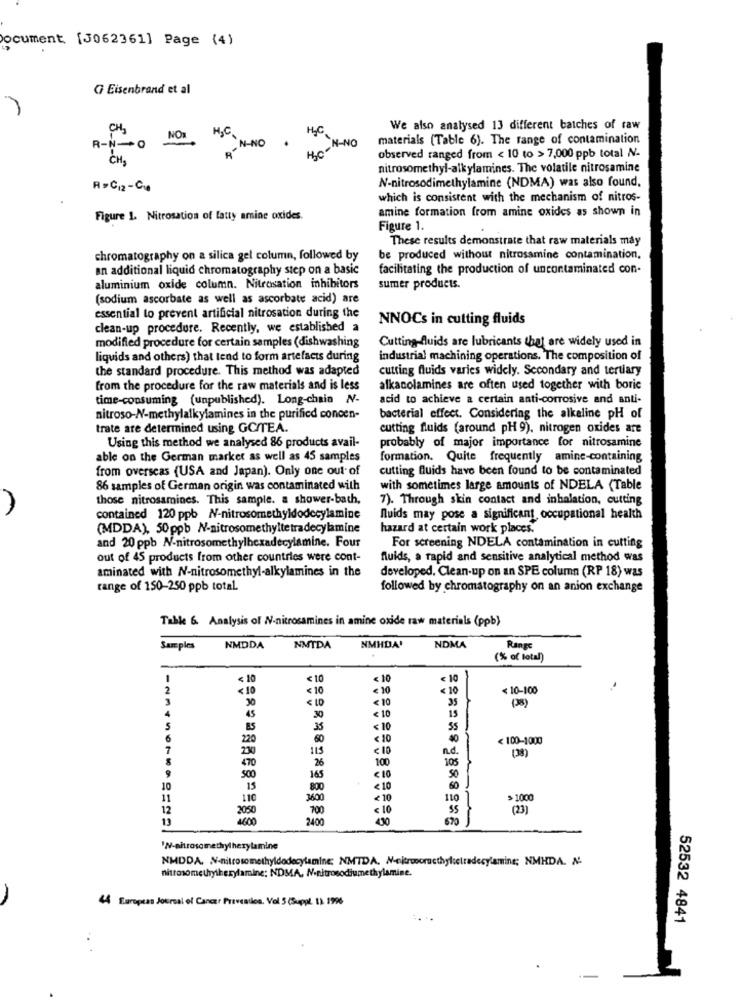
ocument. [306236] Page (4)
G Eisenbrand et al
CH3
HLC
We also analysed 13 different batches of raw
NON
H3C
materials (Table 6). The range of contamination
R-N-0
`N-NO
N-NO
CH,
HC
observed ranged from < 10 to > 7,000 ppb total N.
nitrosomethyl-alkylamines. The volatile nitrosamine
N-nitrosodimethylamine (NDMA) was also found.
R =C12-C.
which is consistent with the mechanism of nitros-
amine formation from amine oxides as shown in
Figure 1. Nitrosation of latty amine oxides.
Figure 1.
These results demonstrate that raw materials may
chromatography on a silica gel column, followed by
be produced without nitrosamine contamination,
an additional liquid chromatography step on a basic
facilitating the production of uncontaminated con-
aluminium oxide column. Nitrosation inhibitors
sumer products.
(sodium ascorbate as well as ascorbate acid) are
essential to prevent artificial nitrosation during the
NNOCs in cutting fluids
clean-up procedure. Recently, we established a
modified procedure for certain samples (dishwashing
Cutting-fluids are lubricants that are widely used in
liquids and others) that tend to form artefacts during
industrial machining operations. The composition of
the standard procedure. This method was adapted
cutting fluids varies widely. Secondary and tertiary
from the procedure for the raw materials and is less
alkacolamines are often used together with boric
time-consuming (unpublished). Long-chain N-
acid to achieve a certain anti-corrosive and anti-
nitroso-N-methylalkylamines in the purified concen-
bacterial effect. Considering the alkaline pH of
trate are determined using GC/TEA.
cutting fluids (around pH 9). nitrogen oxides are
Using this method we analysed 86 products avail-
probably of major importance for nitrosamine
able on the German market as well as 45 samples
formation. Quite frequently amine-containing
from overseas (USA and Japan). Only one out of
cutting fluids have been found to be contaminated
86 samples of German origin was contaminated with
with sometimes large amounts of NDELA (Table
those nitrosamines. This sample. a shower-bath,
7). Through skin contact and inhalation, cutting
contained 120 ppb N-nitrosomethyldodecylamine
fluids may pose a significant, occupational health
(MDDA), 50 ppb N-nitrosomethyltetradecylamine
hazard at certain work places.
and 20 ppb N-nitrosomethylhexadecylamine. Four
For screening NDELA contamination in cutting
out of 45 products from other countries were cont-
fluids, a rapid and sensitive analytical method was
aminated with N-nitrosomethyl-alkylamines in the
developed, Clean-up on an SPE column (RP 18) was
range of 150-250 ppb total.
followed by chromatography on an anion exchange
Table & Analysis of W-nitrosamines in amine oxide raw materials (ppb)
Samples
NMDDA
NMTDA
NMHDA'
NDMA
Range
(% of total)
<10
€ 10
< 10
< 10
<10
< 10
< 10
< 10-100
3
30
< LD
<10
35
(38)
45
30
< 10
15
5
BS
35
< 10
55
6
220
60
< 10
80
< 100-1000
7
230
< 10
n.d.
(38)
470
26
100
105
500
165
<10
50
10
800
<10
60
11
110
3600
<10
110
> 1000
12
2050
700
< 10
35
(23)
13
1600
240
670
'N-nitrosomethylherylamine
NMDDA. N-nitrosomethyldodecylamine: NIMTDA. N-citrooorucchyletradecy aring; NMHDA. N.
nittosometrytherylamine; NDMA, N-nitrosodiume thylamine.
4 European Journal of Cancer Prevention. Val 5(Suppl. 1) 1996
52532 4841